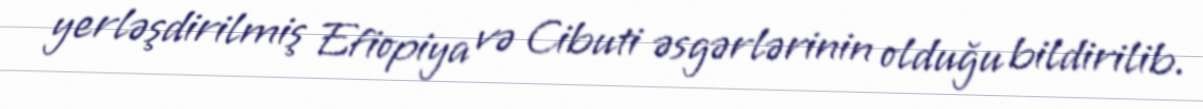
yerləşdirilmiş Efiopiya və Cibuti əsgərlərinin olduğu bildirilib.